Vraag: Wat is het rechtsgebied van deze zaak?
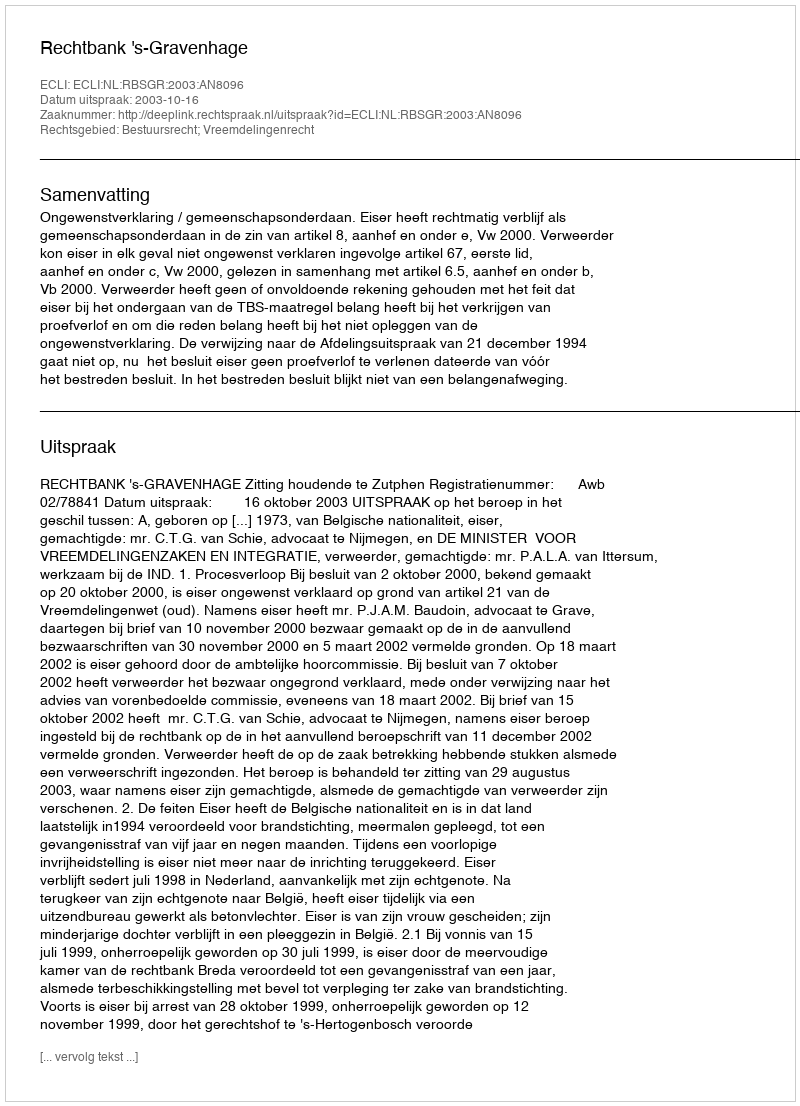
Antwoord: Bestuursrecht; Vreemdelingenrecht